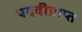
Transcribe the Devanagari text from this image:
पदवीप्राप्त